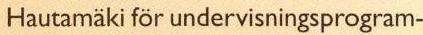
Hautamäki för undervisningsprogram